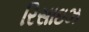
રિસાઇઝ